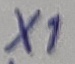
Text: X1